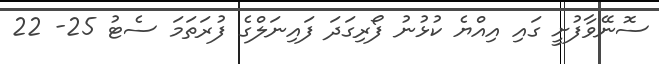
ސޮނޭވާފުށީ ގައި އިއްޔެ ކުޅުނު ފޯރިގަދަ ފައިނަލްގެ ފުރަތަމަ ސެޓު 25- 22